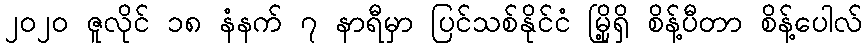
၂၀၂၀ ဇူလိုင် ၁၈ နံနက် ၇ နာရီမှာ ပြင်သစ်နိုင်ငံ မြို့ရှိ စိန့်ပီတာ စိန့်ပေါလ်